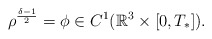
\begin{align*}\rho^{\frac{\delta-1}{2}}=\phi\in C^1(\mathbb{R}^3\times[0, T_*]).\end{align*}